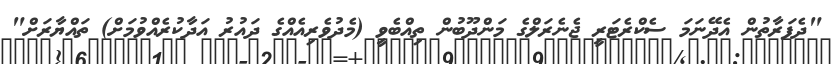
"ދެފަރާތުން އެދޭނަމަ ސެކްރެޓަރީ ޖެނެރަލްގެ މަންދޫބުން ތިއްބެވީ (މެދުވެރިއެއްގެ ދައުރު އަދާކުރެއްވުމަށް) ތައްޔާރަށް"